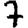
Digit: 7